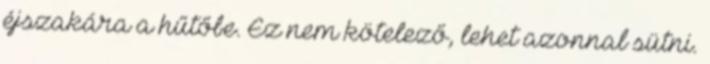
éjszakára a hűtőbe. Ez nem kötelező, lehet azonnal sütni.